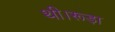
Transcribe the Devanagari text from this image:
थी।रूड़ा